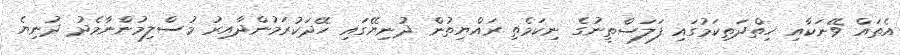
އެތައް ވޭނަކާއި ހިތްދަތިކަމުގައި ފަލަސްތީނުގެ ނިކަމެތި ރައްޔިތުން ދުނިޔޭގައި ހޭދަކުރަމުންދާއިރު މުސްލިމުންނާމެދު ދުނިޔެ